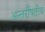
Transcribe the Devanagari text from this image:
अन्तर्रौषटीय